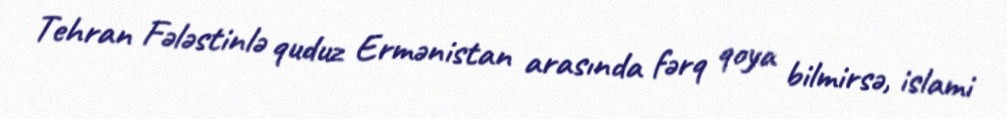
Tehran Fələstinlə quduz Ermənistan arasında fərq qoya bilmirsə, islami